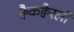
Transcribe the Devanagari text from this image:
क्वैकक्वैरली